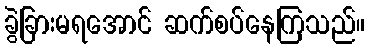
ခွဲခြားမရအောင် ဆက်စပ်နေကြသည်။